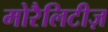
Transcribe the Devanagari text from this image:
मोरैलिटीज़